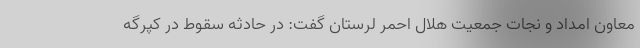
معاون امداد و نجات جمعیت هلال احمر لرستان گفت: در حادثه سقوط در کپرگه